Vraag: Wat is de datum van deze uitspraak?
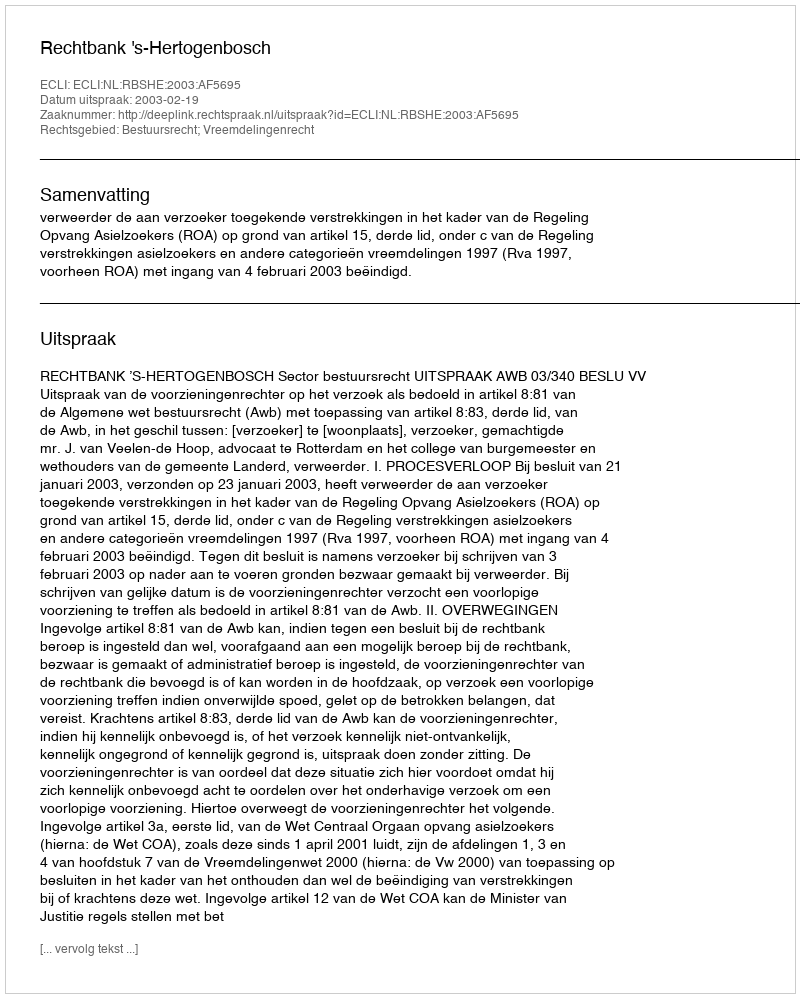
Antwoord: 2003-02-19